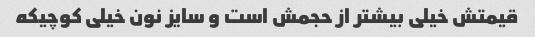
قیمتش خیلی بیشتر از حجمش است و سایز نون خیلی کوچیکه